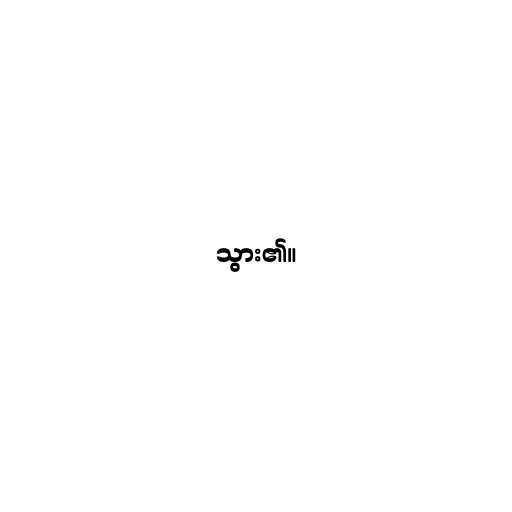
သွား၏။